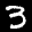
Digit: 3